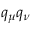
q _ { \mu } q _ { \nu }